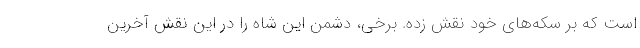
است که بر سکه‌های خود نقش زده. برخی، دشمن این شاه را در این نقش آخرین